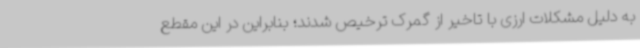
به دلیل مشکلات ارزی با تاخیر از گمرک ترخیص شدند؛ بنابراین در این مقطع